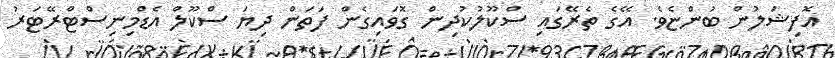
އޮފިޝަލުން ބުންޏެވެ. އޭގެ ތެރޭގައި ސްކޫލުކުދިން ގޮވައިގެން ފަތަން ދިޔަ ސްކޫލް އެޑްމިނިސްޓްރޭޓަރު